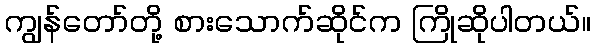
ကျွန်တော်တို့ စားသောက်ဆိုင်က ကြိုဆိုပါတယ်။